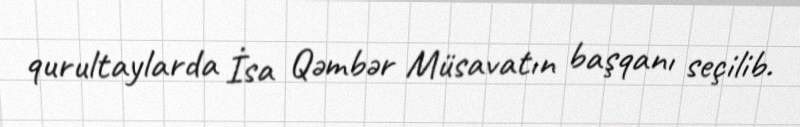
qurultaylarda İsa Qəmbər Müsavatın başqanı seçilib.